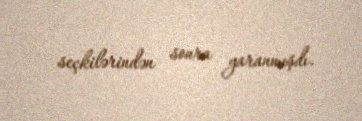
seçkilərindən sonra yaranmışdı.